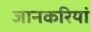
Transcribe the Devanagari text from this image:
जानकरियां